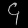
Digit: ၄